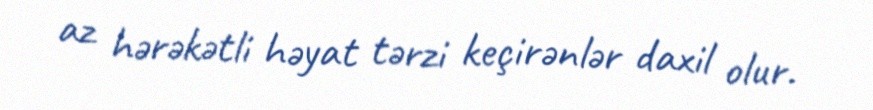
az hərəkətli həyat tərzi keçirənlər daxil olur.